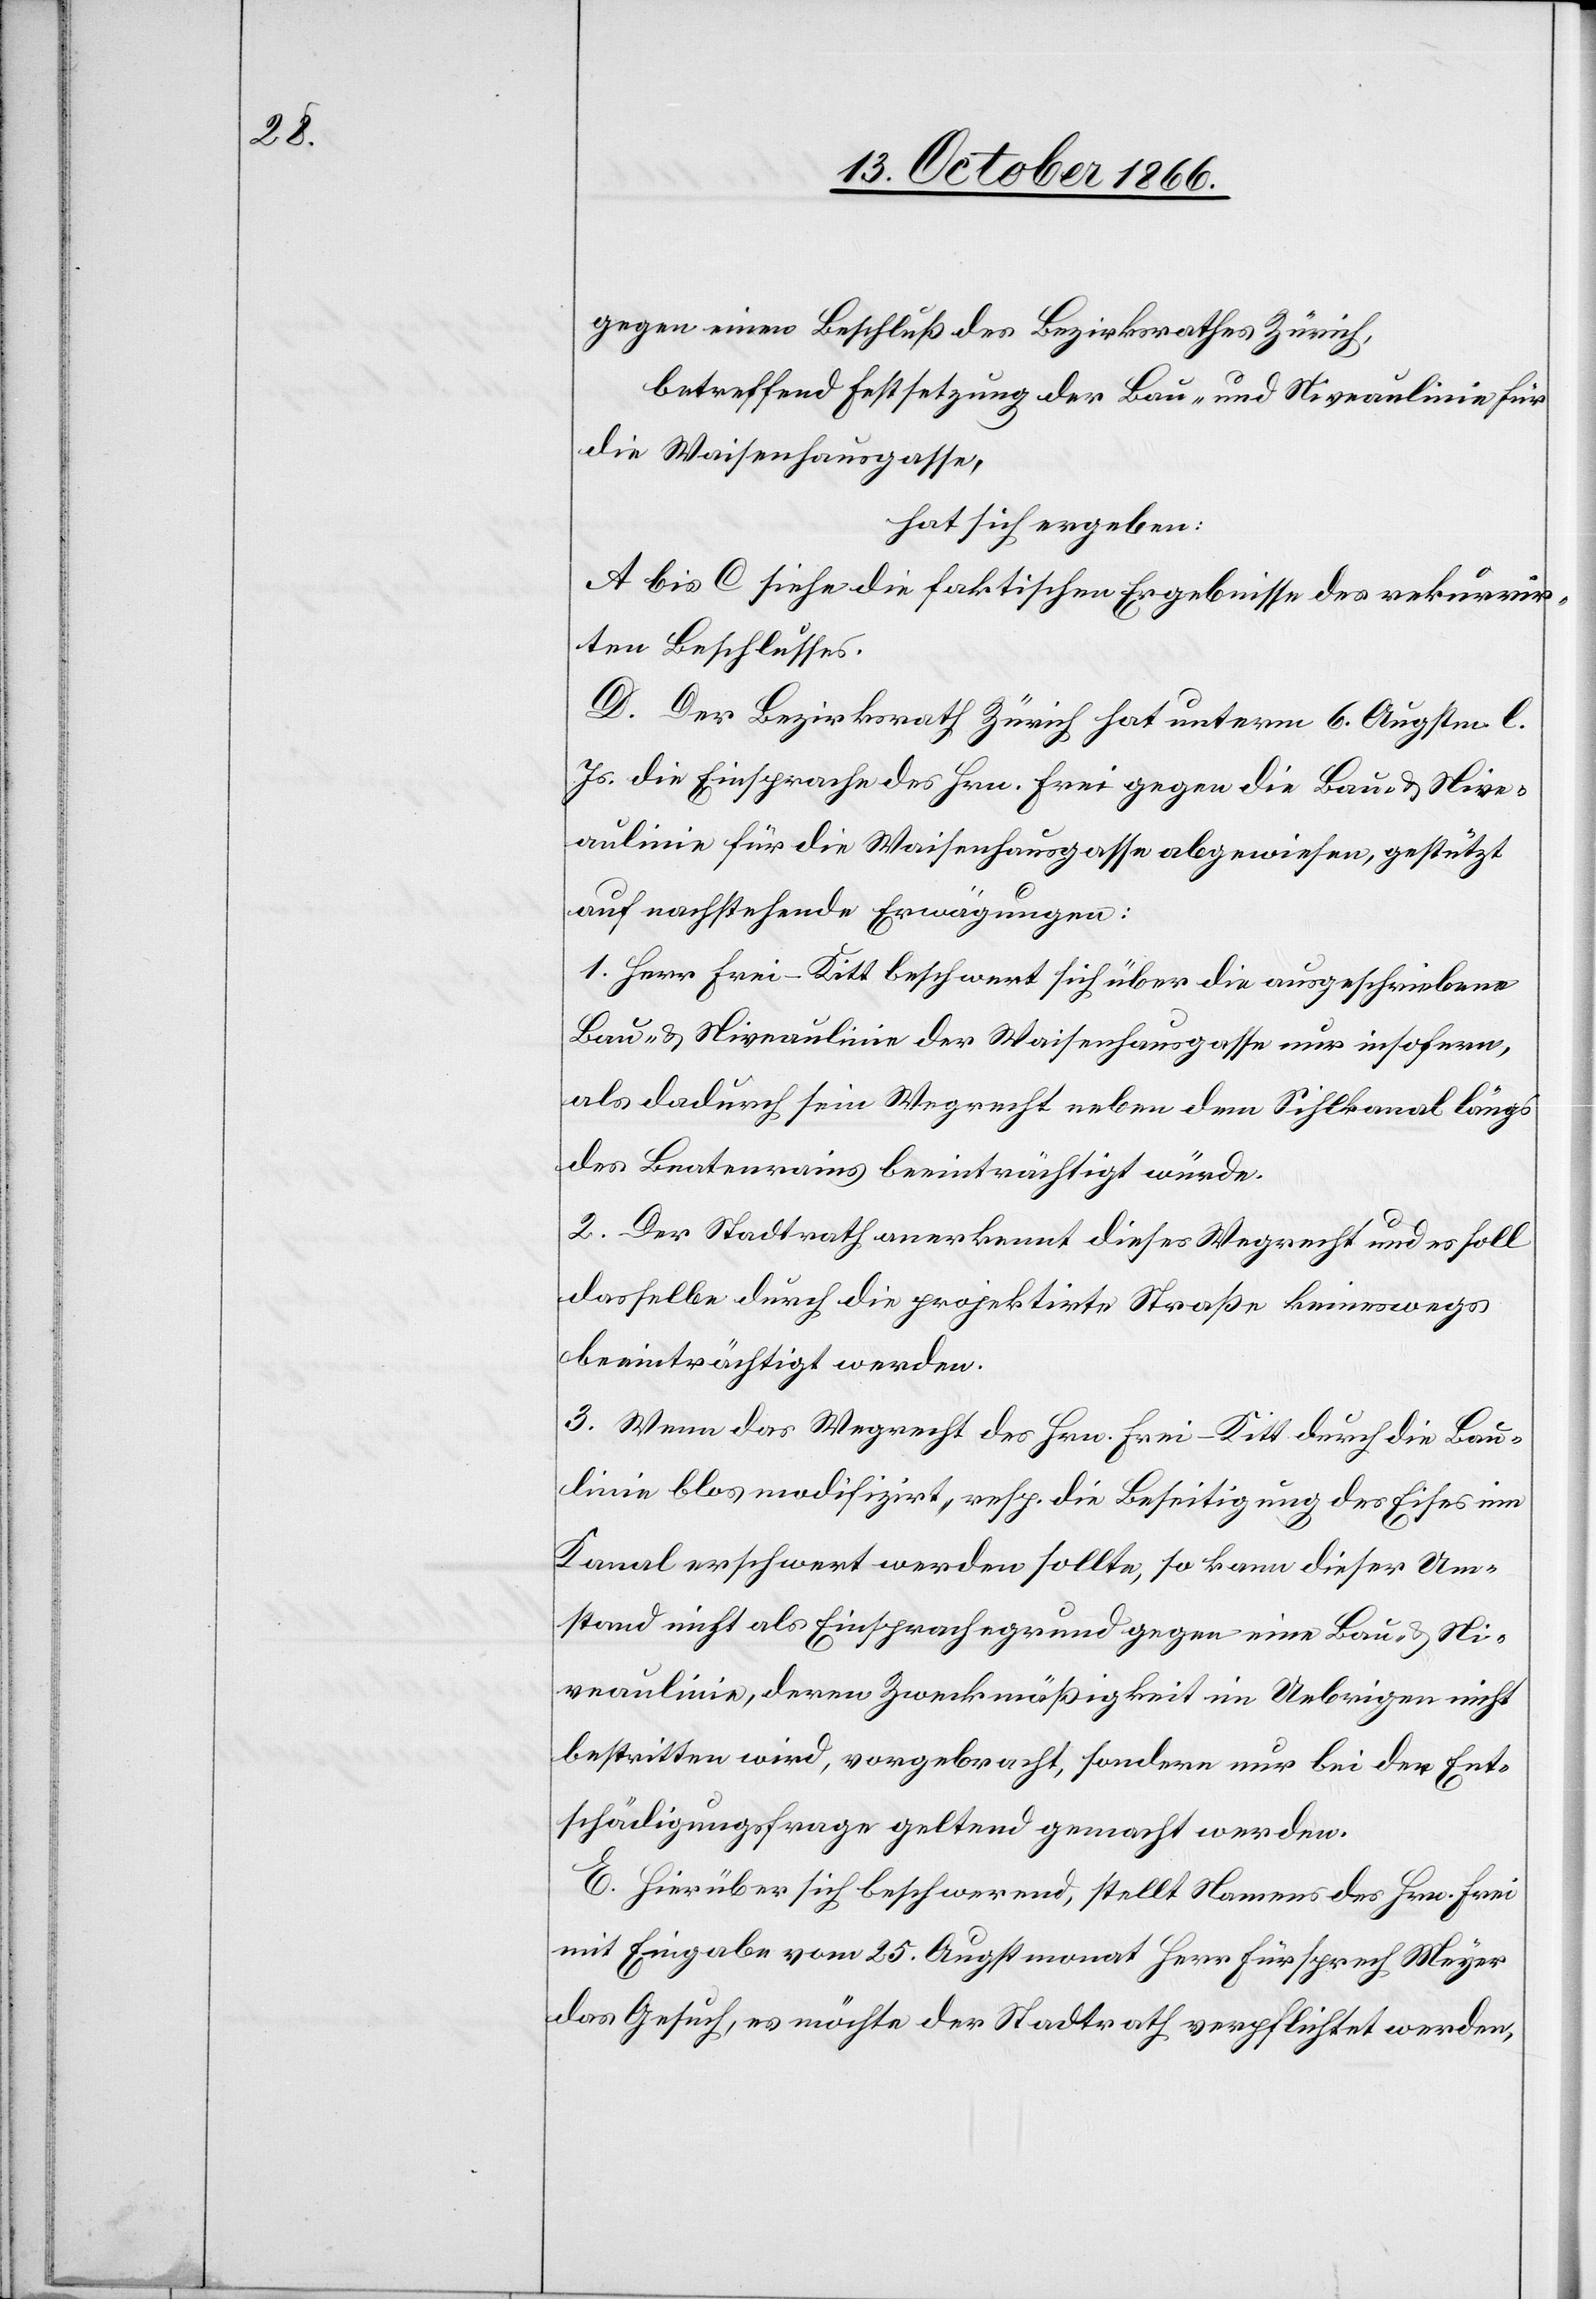
gegen einen Beschluß des Bezirksrathes Zürich,
betreffend Festsetzung der Bau- und Niveaulinie für
die Waisenhausgasse,
hat sich ergeben:
A bis C siehe die faktischen Ergebnisse des rekurrir¬
ten Beschlusses.
D. Der Bezirksrath Zürich hat unterm 6 Augstm. l.
Js. die Einsprache des Hrn. Frei gegen die Bau- & Nive¬
aulinie für die Waisenhausgasse abgewiesen, gestützt
auf nachstehende Erwägungen:
1. Herr Frei-Kitt beschwert sich über die ausgeschriebene
Bau- & Niveaulinie der Waisenhausgasse nur insofern,
als dadurch sein Wegrecht neben dem Sihlkanal längs
des Beatenrains beeinträchtigt würde.
2. Der Stadtrath anerkennt dieses Wegrecht und es soll
dasselbe durch die projektirte Straße keineswegs
beeinträchtigt werden.
3. Wenn das Wegrecht des Hrn. Frei-Kitt durch die Bau¬
linie blos modifizirt, resp. die Beseitigung des Eises im
Kanal erschwert werden sollte, so kann dieser Um¬
stand nicht als Einsprachegrund gegen eine Bau- & Ni¬
veaulinie, deren Zweckmäßigkeit im Uebrigen nicht
bestritten wird, vorgebracht, sondern nur bei der Ent¬
schädigungsfrage geltend gemacht werden.
E. Hierüber sich beschwerend, stellt Namens des Hrn. Frei
mit Eingabe vom 25. Augstmonat Herr Fürsprech Meyer
das Gesuch, es möchte der Stadtrath verpflichtet werden,